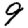
Digit: 9